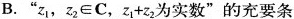
B.”z_{1}，$$z_{2}\in C$$，$$z_{1}+z_{2}$$为实数”的充要条